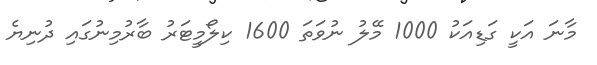
މާނަ އަކީ ގަޑިއަކު 1000 މޭލު ނުވަަތަ 1600 ކިލޯމީޓަރު ބާރުމިނުގައި ދުނިޔެ